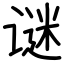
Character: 谜